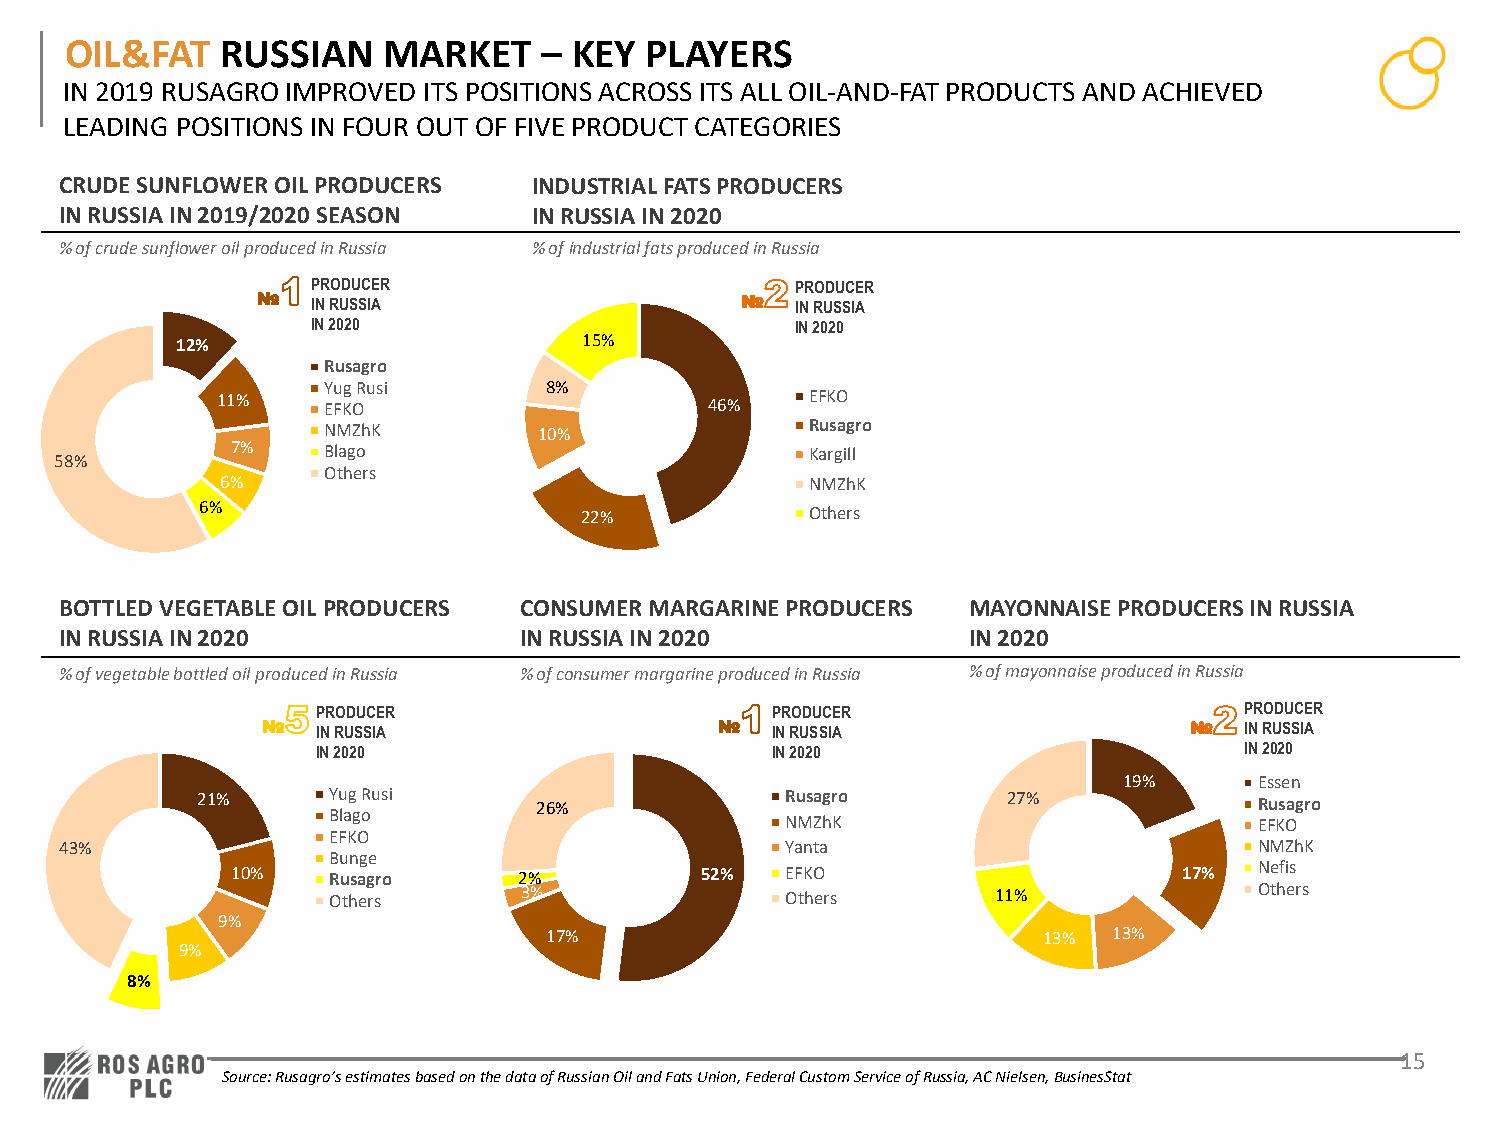
OIL&FAT    RUSSIAN   MARKET     – KEY  PLAYERS
 IN 2019 RUSAGRO IMPROVED ITS POSITIONS ACROSS ITS ALL OIL-AND-FAT PRODUCTS AND ACHIEVED
 LEADING POSITIONS IN FOUR OUT OF FIVE PRODUCT CATEGORIES
 CRUDE SUNFLOWER OIL PRODUCERS  INDUSTRIAL FATS PRODUCERS
 IN RUSSIA IN 2019/2020 SEASON  IN RUSSIA IN 2020
 % of crude sunflower oil produced in Russia % of industrial fats produced in Russia
 PRODUCER                        PRODUCER
 №   IN RUSSIA                   №   IN RUSSIA
 IN 2020                         IN 2020
 12%                        15%
 Rusagro
 Yug Rusi       8%
 11%    EFKO                      46%    EFKO
 NMZhK          10%               Rusagro
 7%    Blago                            Kargill
 58%
 Others
 6%                                     NMZhK
 6%                       22%             Others
 BOTTLED VEGETABLE OIL PRODUCERS CONSUMER MARGARINE PRODUCERS MAYONNAISE PRODUCERS IN RUSSIA
 IN RUSSIA IN 2020             IN RUSSIA IN 2020             IN 2020
 % of vegetable bottled oil produced in Russia % of consumer margarine produced in Russia % of mayonnaise produced in Russia
 PRODUCER                      PRODUCER                       PRODUCER
 №   IN RUSSIA                  №  IN RUSSIA                   №  IN RUSSIA
 IN 2020                       IN 2020                        IN 2020
 19%      Essen
 21%      Yug Rusi      26%             Rusagro        27%             Rusagro
 Blago
 NMZhK                          EFKO
 EFKO
 43%                                             Yanta                          NMZhK
 Bunge
 10%    Rusagro     2%          52%   EFKO                      17%  Nefis
 Others      3%                Others        11%              Others
 9%
 17%                              13%  13%
 9%
 8%
 15
 Source: Rusagro’sestimates based on the data of Russian Oil and Fats Union, Federal Custom Service of Russia, AC Nielsen, BusinesStat